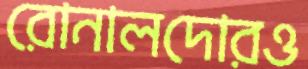
রোনালদোরও